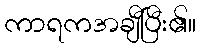
ကာရကအချီပြီး၏။